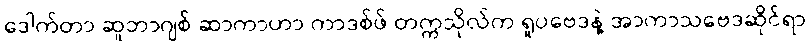
ဒေါက်တာ ဆူဘာဂျစ် ဆာကာဟာ ကာဒစ်ဖ် တက္ကသိုလ်က ရူပဗေဒနဲ့ အာကာသဗေဒဆိုင်ရာ